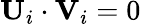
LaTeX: \mathbf{U}_{i}\cdot\mathbf{V}_{i}=0